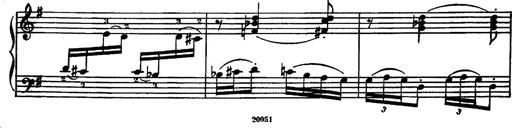
Title: Magyar rapszÃ³diÃ¡k
Composer: Franz Liszt